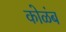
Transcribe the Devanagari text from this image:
कोळंब